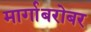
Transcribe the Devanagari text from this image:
मार्गाबरोबर